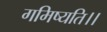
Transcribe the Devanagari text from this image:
गमिष्यति।।